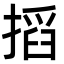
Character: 搯